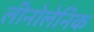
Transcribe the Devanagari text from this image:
लीनोलेनिक